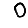
Digit: 0